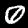
Label: 0